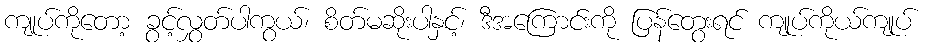
ကျုပ်ကိုတော့ ခွင့်လွှတ်ပါကွယ်၊ စိတ်မဆိုးပါနှင့်၊ ဒီအကြောင်းကို ပြန်တွေးရင် ကျုပ်ကိုယ်ကျုပ်